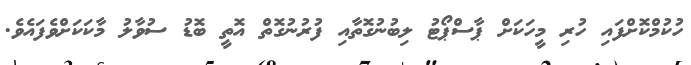
ހުކުމްކޮށްފައި ހުރި މީހަކަށް ޕާސްޕޯޓު ލިބުނުގޮތާއި ފުރުނުގޮތް އޮތީ ބޮޑު ސުވާލު މާކަކަށްވެފައެވެ.